Madras plague regulations in force outside the Presidency town - Volume 3
Disease focus: Plague
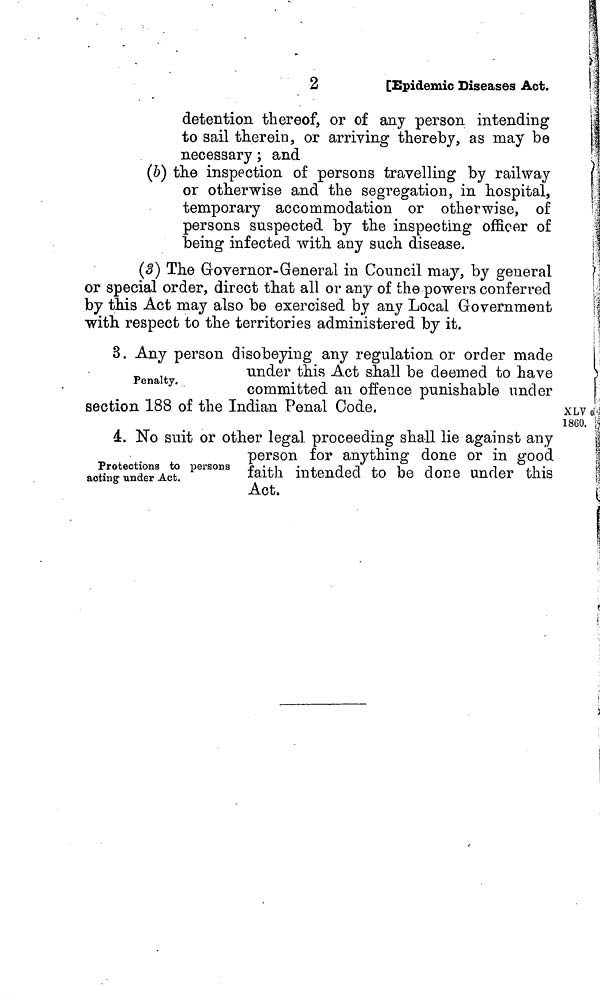
2
[Epidemic Diseases Act.
detention thereof, or of any person intending
to sail therein, or arriving thereby, as may be
necessary ; and
(b) the inspection of persons travelling by railway
or otherwise and the segregation, in hospital,
temporary accommodation or otherwise, of
persons suspected by the inspecting officer of
being infected with any such disease.
(3) The Governor-General in Council may, by general
or special order, direct that all or any of the powers conferred
by this Act may also be exercised by any Local Government
with respect to the territories administered by it.
3. Any person disobeying any regulation or order made
under this Act shall be deemed to have
Penalty. committed an offence punishable under
section 188 of the Indian Penal Code,
XLV
1860.
Protections to persons
acting under Act.
4. No suit or other legal proceeding shall lie against any
person for anything done or in good
faith intended to be done under this
Act.